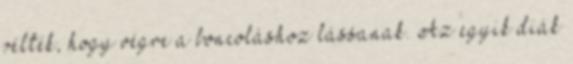
vélték, hogy végre a boncoláshoz lássanak. Az egyik diák